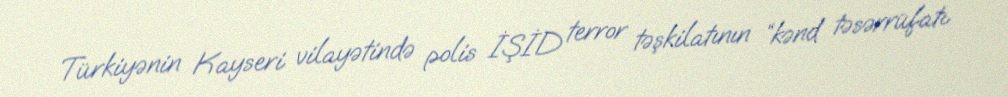
Türkiyənin Kayseri vilayətində polis İŞİD terror təşkilatının “kənd təsərrüfatı